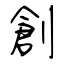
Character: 創